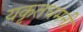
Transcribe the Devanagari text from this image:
यकृतधमनी